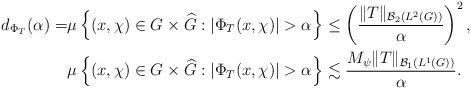
LaTeX: \begin{align*}d_{\Phi_{T}}(\alpha) =&\mu\left\{(x,\chi) \in G\times\widehat{G}: |\Phi_T(x,\chi)| > \alpha \right\} \leq \left( \frac{ \|T\|_{\mathcal{B}_2(L^2(G))}}{\alpha}\right)^2, \\&\mu\left\{(x,\chi) \in G\times\widehat{G}: |\Phi_T(x,\chi)| > \alpha \right\} \lesssim \frac{M_\psi \|T\|_{\mathcal{B}_1(L^1(G))}}{\alpha}.\end{align*}